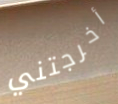
أخرجتني